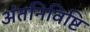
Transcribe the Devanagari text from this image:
अंतनिविष्टि